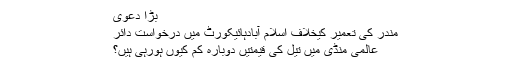
بڑا دعویٰ
مندر کی تعمیر کیخلاف اسلام آبادہائیکورٹ میں درخواست دائر
عالمی منڈی میں تیل کی قیمتیں دوبارہ کم کیوں ہورہی ہیں؟